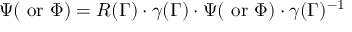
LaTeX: \Psi ( \mathrm { ~ o r ~ } \Phi ) = R ( \Gamma ) \cdot \gamma ( \Gamma ) \cdot \Psi ( \mathrm { ~ o r ~ } \Phi ) \cdot \gamma ( \Gamma ) ^ { - 1 }